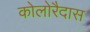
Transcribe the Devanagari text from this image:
कोलोरैदास